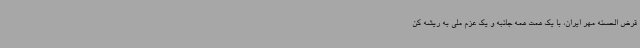
قرض الحسنه مهر ایران، با یک همت همه جانبه و یک عزم ملی به ریشه کن